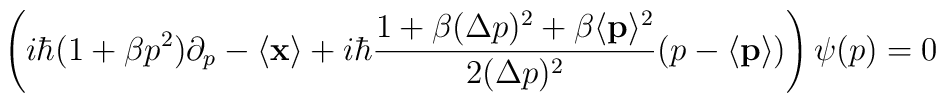
\left( i\hbar (1+\beta p^2)\partial_p - \langle {\bf{x}}\rangle+ i \hbar \frac{1+\beta (\Delta p)^2 + \beta \langle {\bf{p}}\rangle^2}{2(\Delta p)^2} (p -\langle {\bf{p}}\rangle)\right) \psi(p) = 0